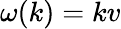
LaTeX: \omega(k)=kv